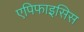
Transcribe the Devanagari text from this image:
एपिफाइसिस